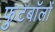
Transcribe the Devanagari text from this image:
फुटबॉलों